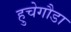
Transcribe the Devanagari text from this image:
हुचेगौडा